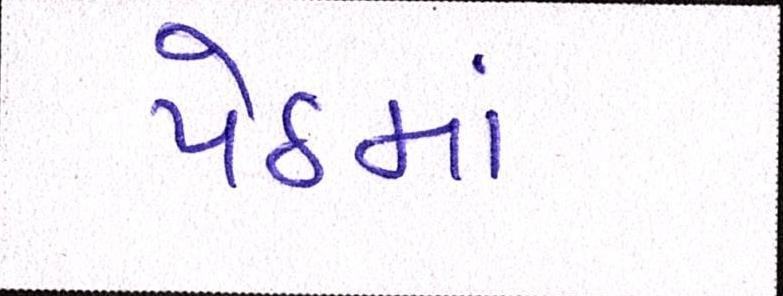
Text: પેઠમાં